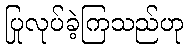
ပြုလုပ်ခဲ့ကြသည်ဟု